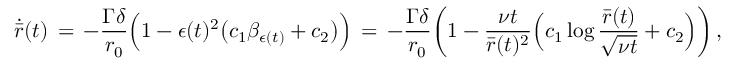
\dot { \bar { r } } ( t ) \, = \, - \frac { \Gamma \delta } { r _ { 0 } } \Bigl ( 1 - \epsilon ( t ) ^ { 2 } \bigl ( c _ { 1 } \beta _ { \epsilon ( t ) } + c _ { 2 } \bigr ) \Bigr ) \, = \, - \frac { \Gamma \delta } { r _ { 0 } } \biggl ( 1 - \frac { \nu t } { { \bar { r } } ( t ) ^ { 2 } } \Bigl ( c _ { 1 } \log \frac { \bar { r } ( t ) } { \sqrt { \nu t } } + c _ { 2 } \Bigr ) \biggr ) \, ,